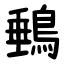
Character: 䳠